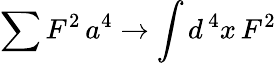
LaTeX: \sum F^{2}\, a^{4}\to\int d^{\, 4}x\, F^{2}